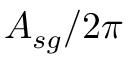
A _ { s g } / 2 \pi